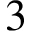
3